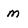
Character: m